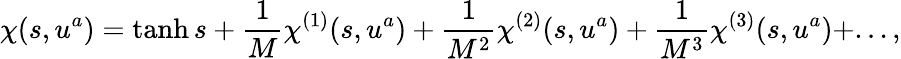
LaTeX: \chi(s,u^{a})=\operatorname{tanh}s+\frac{1}{M}\chi^{(1)}(s,u^{a})+\frac{1}{M^{2}}\chi^{(2)}(s,u^{a})+\frac{1}{M^{3}}\chi^{(3)}(s,u^{a})+...,